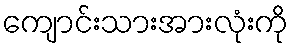
ကျောင်းသားအားလုံးကို